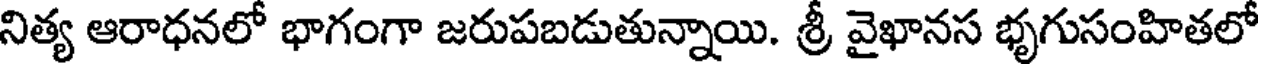
నిత్య ఆరాధనలో భాగంగా జరుపబడుతున్నాయి. శ్రీ వైఖానస భృగుసంహితలో